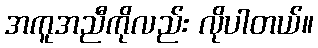
အကူအညီကိုလည်း လိုပါတယ်။